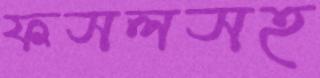
ফসলসহ